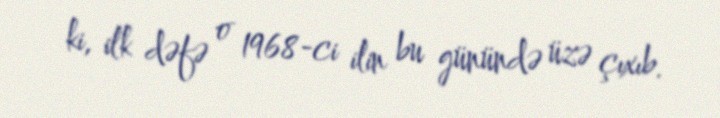
ki, ilk dəfə o 1968-ci ilin bu günündə üzə çıxıb.